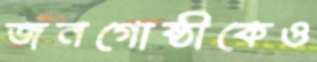
জনগোষ্ঠীকেও